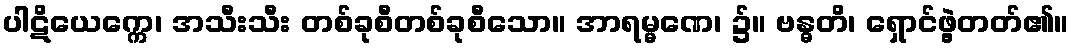
ပါဋိယေက္ကေ၊ အသီးသီး တစ်ခုစီတစ်ခုစီသော။ အာရမ္မဏေ၊ ၌။ ဗန္ဓတိ၊ ရှောင်ဖွဲ့တတ်၏။